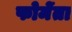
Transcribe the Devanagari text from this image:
फोमेंता